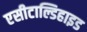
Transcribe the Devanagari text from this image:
एसीटाल्डिहाइड